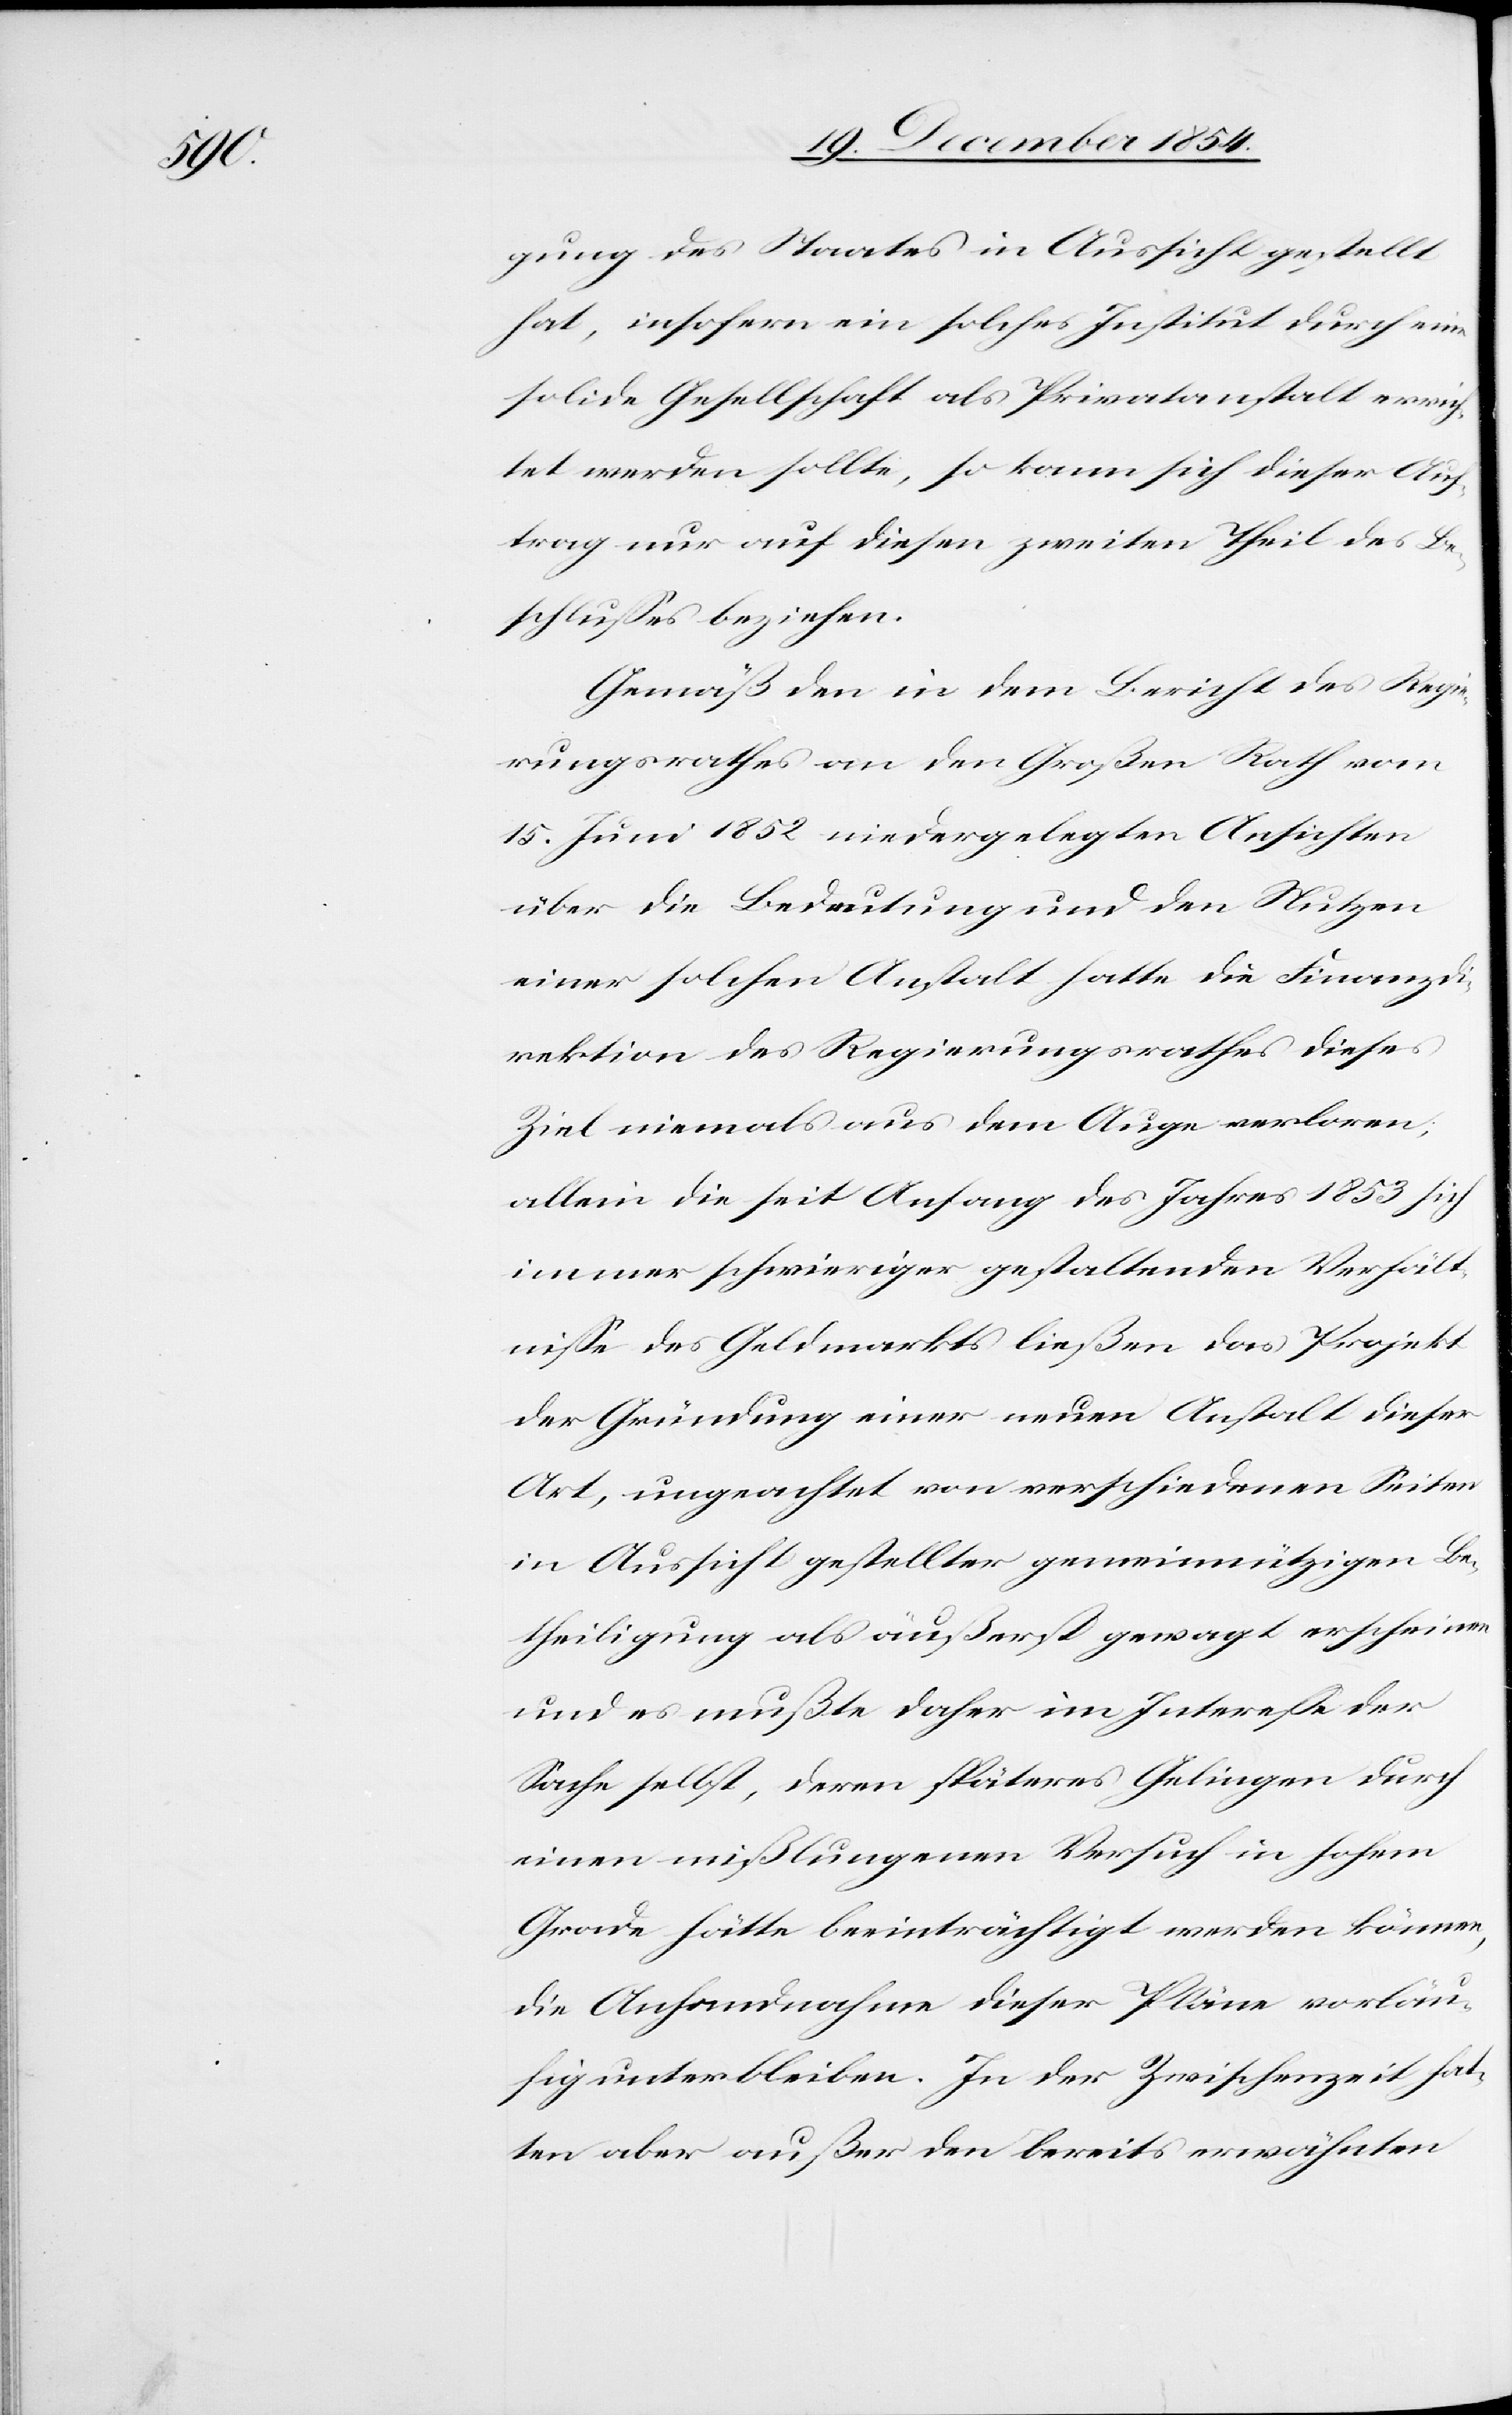
gung des Staates in Aussicht gestellt
hat, insofern ein solches Institut durch eine
solide Gesellschaft als Privatanstalt errich¬
tet werden sollte, so kann sich dieser Auf¬
trag nur auf diesen zweiten Theil des Be¬
schlußes beziehen.
Gemäß den in dem Bericht des Regie¬
rungsrathes an den Großen Rath vom
15. Juni 1852 niedergelegten Ansichten
über die Bedeutung und den Nutzen
einer solchen Anstalt hatte die Finanzdi¬
rektion des Regierungsrathes dieses
Ziel niemals aus dem Auge verloren,
allein die seit Anfang des Jahres 1853 sich
immer schwieriger gestaltenden Verhält¬
niße des Geldmarkts ließen das Projekt
der Gründung einer neuen Anstalt dieser
Art, ungeachtet von verschiedenen Seiten
in Aussicht gestellter gemeinnütziger Be¬
theiligung als äußerst gewagt erscheinen
und es mußte daher im Intereße der
Sache selbst, deren späteres Gelingen durch
einen mißlungenen Versuch in hohem
Grade hätte beeinträchtigt werden können,
die Anhandnahme dieser Pläne vorläu¬
fig unterbleiben. In der Zwischenzeit hat¬
ten aber außer den bereits erwähnten